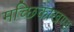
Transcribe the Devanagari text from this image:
मच्छिकाखण्ड